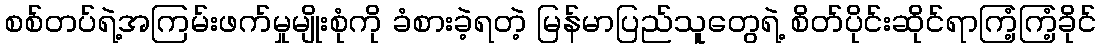
စစ်တပ်ရဲ့အကြမ်းဖက်မှုမျိုးစုံကို ခံစားခဲ့ရတဲ့ မြန်မာပြည်သူတွေရဲ့ စိတ်ပိုင်းဆိုင်ရာကြံ့ကြံ့ခိုင်